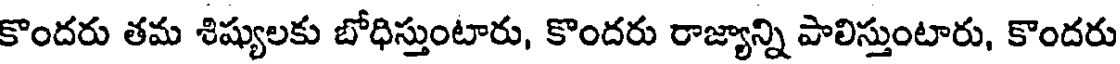
కొందరు తమ శిష్యులకు బోధిస్తుంటారు, కొందరు రాజ్యాన్ని పాలిస్తుంటారు, కొందరు